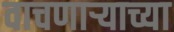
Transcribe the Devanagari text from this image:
वाचणाऱ्याच्या